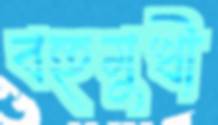
বহুমুখী